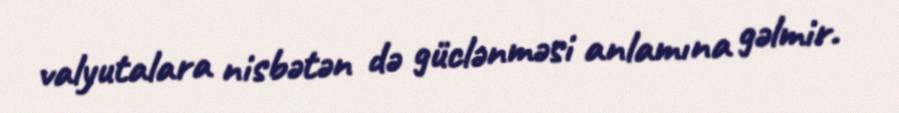
valyutalara nisbətən də güclənməsi anlamına gəlmir.